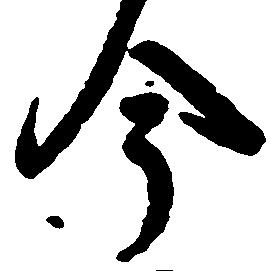
今